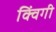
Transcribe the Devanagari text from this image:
क्विंगी